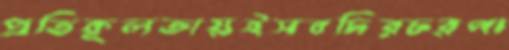
প্রতিকূলতায়ইসবদিরচরপা